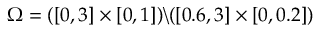
\Omega = ( [ 0 , 3 ] \times [ 0 , 1 ] ) \backslash ( [ 0 . 6 , 3 ] \times [ 0 , 0 . 2 ] )